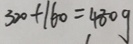
3 2 0 + 1 6 0 = 4 8 0 g